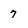
Character: 7